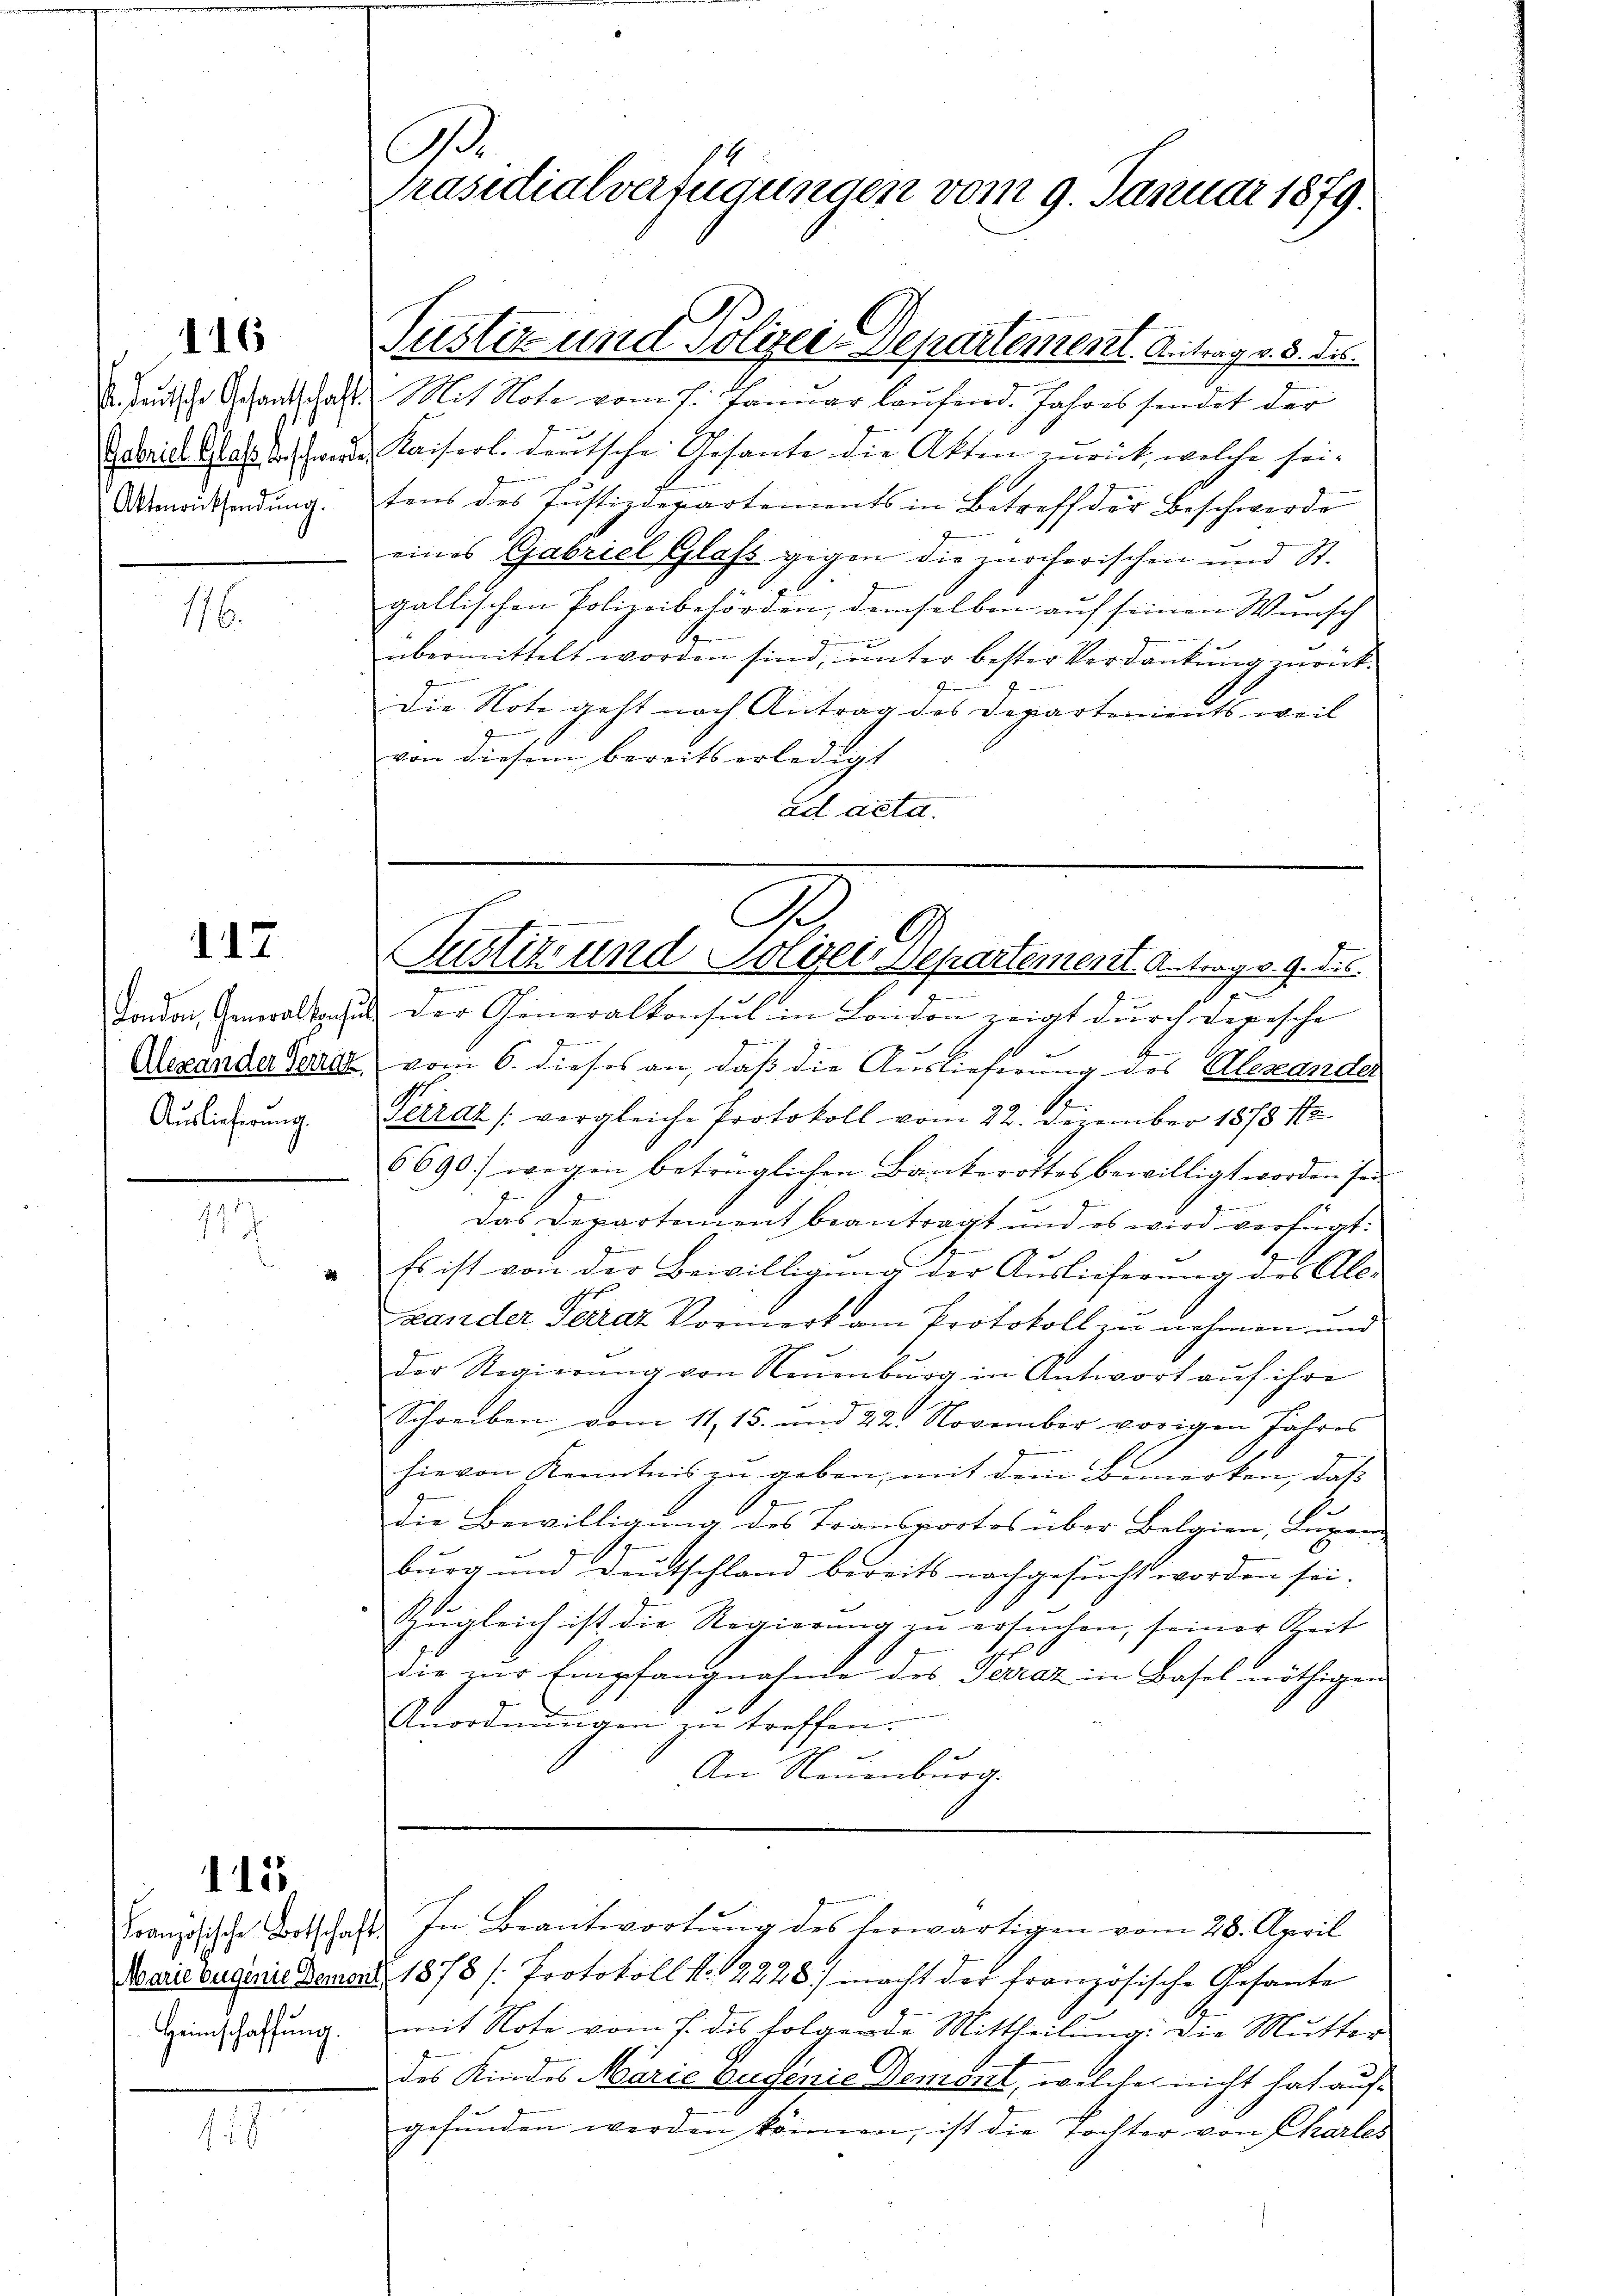
116

Aktenrücksendung.

116.

112

Auslieferung.

.

115

4

.
Präsidialverfügungen vom 9. Januar 1879.

Justiz- und Polizei Departement. Antrag v. 5. des
deŭtsche Gechantschaft Mit Note vom 7. Janŭar laŭfend. Jahres sendet der
Getriel Statt rede Kaiserl. deutsche Gesante die Akten zurück, welche sei.
tons des Justizdepartements in Betreff der Beschwerde
.
eines Gabriel Glass gegen die zürcherischen und St.
gallischen Polizeibehörden, demselben auf seinen Wunsch
übermittelt worden sind, unter bester Verdankung zurück¬
Die Note geht nach Antrag des Departenients weil
von diesem bereits erledigt
ad acta.

a
Pustiz- und Polizei Departement. Antrag v. 9. die

.
u
Tondon, Generalsachet der Generalkonsul in London zeigt durch Legesche
g
4
.
Aexander Geral vom 6. dieses an, daß die Auslieferung des Alexander
Peirat (vergleiche Protokoll vom 22. Dezember 1878 18
6690.) wegen betrüglichen Bänkerottes bewilligt worden sei
Das Departement beantragt und es wird verfügt:
" Es ist von der Bewilligŭng der Aŭslieferŭng des Ale-
Stander Terraz Vormerk am Protokoll zu nehmen und
der Regierŭng von Neŭmburg in Antwort aŭf ihre
Schreiben vom 11. 15. und 22. November vorigen Jahres
hievon Kenntnis zŭ geben, mit dem Bemerken, daβ
.
die Bewilligung des Transportos über Belgien, Luzer
burg und Deutschland bereits nachgesucht worden sei.
Zugleich ist die Regierung zu ersuchen, seiner Zeit
.
die zur Empfangnahme des Terraz in Basel nöthigen
Anordnungen zu treffen.
An Neuenburg.
Französische Botschaft In Beantwortŭng des herwärtigen vom 28. April
Marie ougerie Demart. 1873 /: Protokoll No. 12228) macht der französische Gesante
einschaffŭng mit Note vom 7. des folgende Mittheilŭng. Die Mutter
des Kindes Maria Eugenie Demont, welches nicht hat aufgefunden werden können, ist die Tochter von Charles